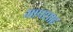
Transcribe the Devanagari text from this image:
भापशाह